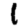
Digit: 1